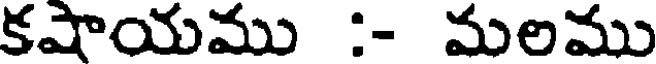
కషాయము :- మలము